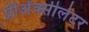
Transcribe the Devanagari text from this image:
प्रीअॅक्सीलेटर